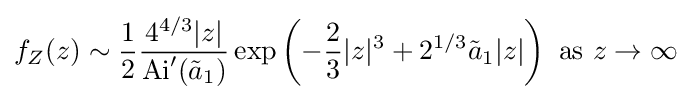
f_{Z}(z)\sim {\frac {1}{2}}{\frac {4^{4/3}|z|}{\operatorname {Ai} '({\tilde {a}}_{1})}}\exp \left(-{\frac {2}{3}}|z|^{3}+2^{1/3}{\tilde {a}}_{1}|z|\right){\text{ as }}z\rightarrow \infty